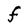
Character: F